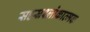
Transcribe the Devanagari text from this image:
सहस्रश्लोकात्मक